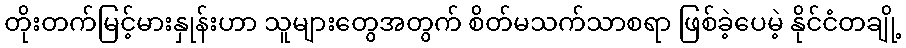
တိုးတက်မြင့်မားနှုန်းဟာ သူများတွေအတွက် စိတ်မသက်သာစရာ ဖြစ်ခဲ့ပေမဲ့ နိုင်ငံတချို့